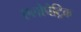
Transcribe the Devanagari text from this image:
एलोपैट्रिक